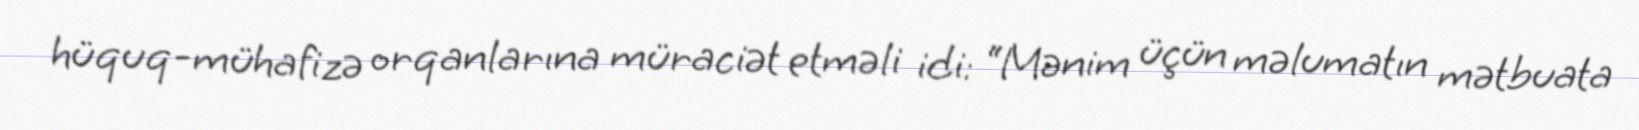
hüquq-mühafizə orqanlarına müraciət etməli idi: “Mənim üçün məlumatın mətbuata